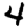
Digit: 4